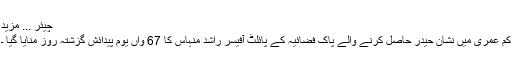
چیئر ... مزید
کم عمری میں نشان حیدر حاصل کرنے والے پاک فضائیہ کے پائلٹ آفیسر راشد منہاس کا 67 واں یوم پیدائش گزشتہ روز منایا گیا ۔